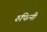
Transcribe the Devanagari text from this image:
रुफिनी